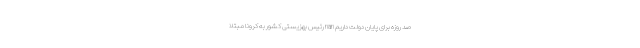
صد روزه برای پایان دولت داریم nan رئیس بهزیستی کشور به کرونا مبتلا